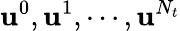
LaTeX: {\mathbf{u}^{0},\mathbf{u}^{1},\cdots,\mathbf{u}^{N_{t}}}